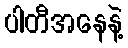
ပါတီအနေနဲ့